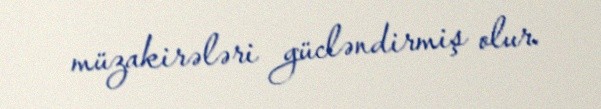
müzakirələri gücləndirmiş olur.